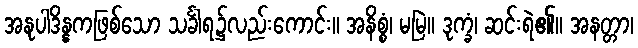
အနုပါဒိန္နကဖြစ်သော သင်္ခါရ၌လည်းကောင်း။ အနိစ္စံ၊ မမြဲ။ ဒုက္ခံ၊ ဆင်းရဲ၏။ အနတ္တာ၊